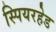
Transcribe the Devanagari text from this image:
स्पियरहेड